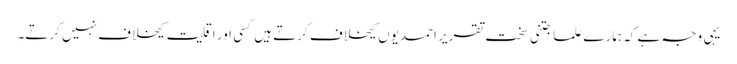
یہی وجہ ہے کہ ہمارے علما جتنی سخت تقریر احمدیوں کیخلاف کرتے ہیں کسی اور اقلیت کیخلاف نہیں کرتے۔